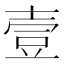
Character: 壹